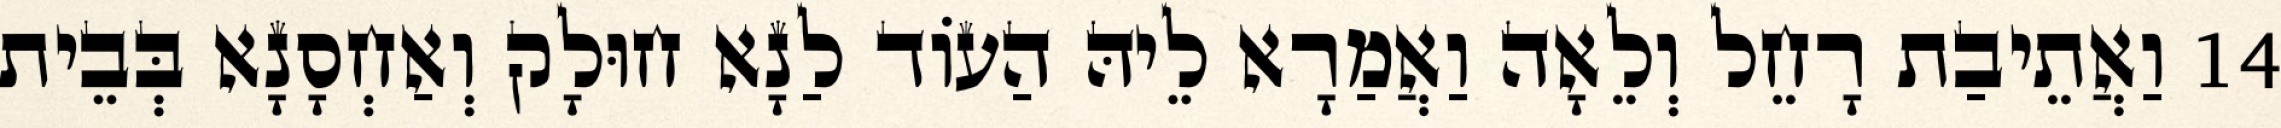
14 וַאֲתֵיבַת רָחֵל וְלֵאָה וַאֲמַרָא לֵיהּ הַעוֹד לַנָא חוּלָק וְאַחְסָנָא בְּבֵית